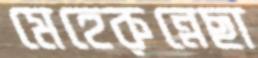
মেহেরুন্নেছা